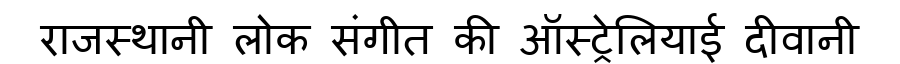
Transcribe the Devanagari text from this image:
राजस्थानी लोक संगीत की ऑस्ट्रेलियाई दीवानी